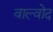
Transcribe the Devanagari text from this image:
वाल्वोद